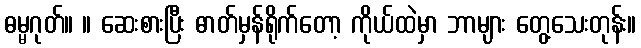
ဓမ္မဂုတ်။ ။ ဆေးစားပြီး ဓာတ်မှန်ရိုက်တော့ ကိုယ်ထဲမှာ ဘာများ တွေ့သေးတုန်း။